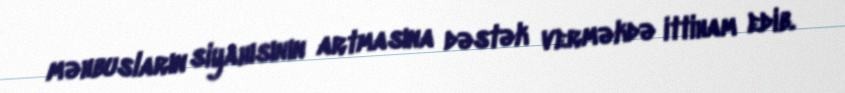
məhbusların siyahısının artmasına dəstək verməkdə ittiham edib.